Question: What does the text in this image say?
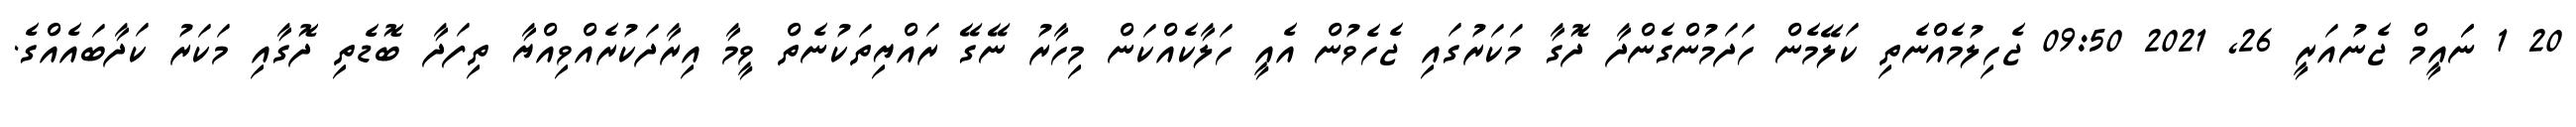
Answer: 20 1 ނަައީމް ޖެނުއަރީ 26, 2021 09:50 ޖެހިލުމެއްނެތި ކަލޭމެން ހަދަމުންގެންދާ ދޮގާ މަކަރުގައި ޖެހެވުން އެއީ ހަލާކެއްކަން މިހާރު ނޭގޭ ރައްޔިތަކުނެތް ވީމާ އިރާދަކުރެއްވިއްޔާ ތިފަދާ ބޮޑެތި ދޮގާއި މަކަރު ކަދާބައެއްގެ.